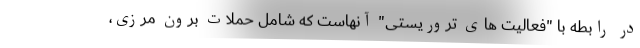
در رابطه با "فعالیت های تروریستی" آنهاست که شامل حملات برون مرزی،